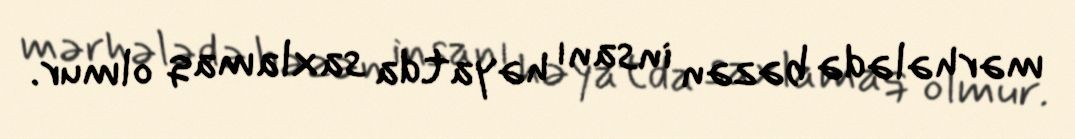
mərhələdə bəzən insanı həyatda saxlamaq olmur.